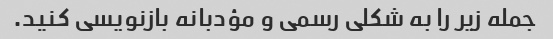
جمله زیر را به شکلی رسمی و مؤدبانه بازنویسی کنید.